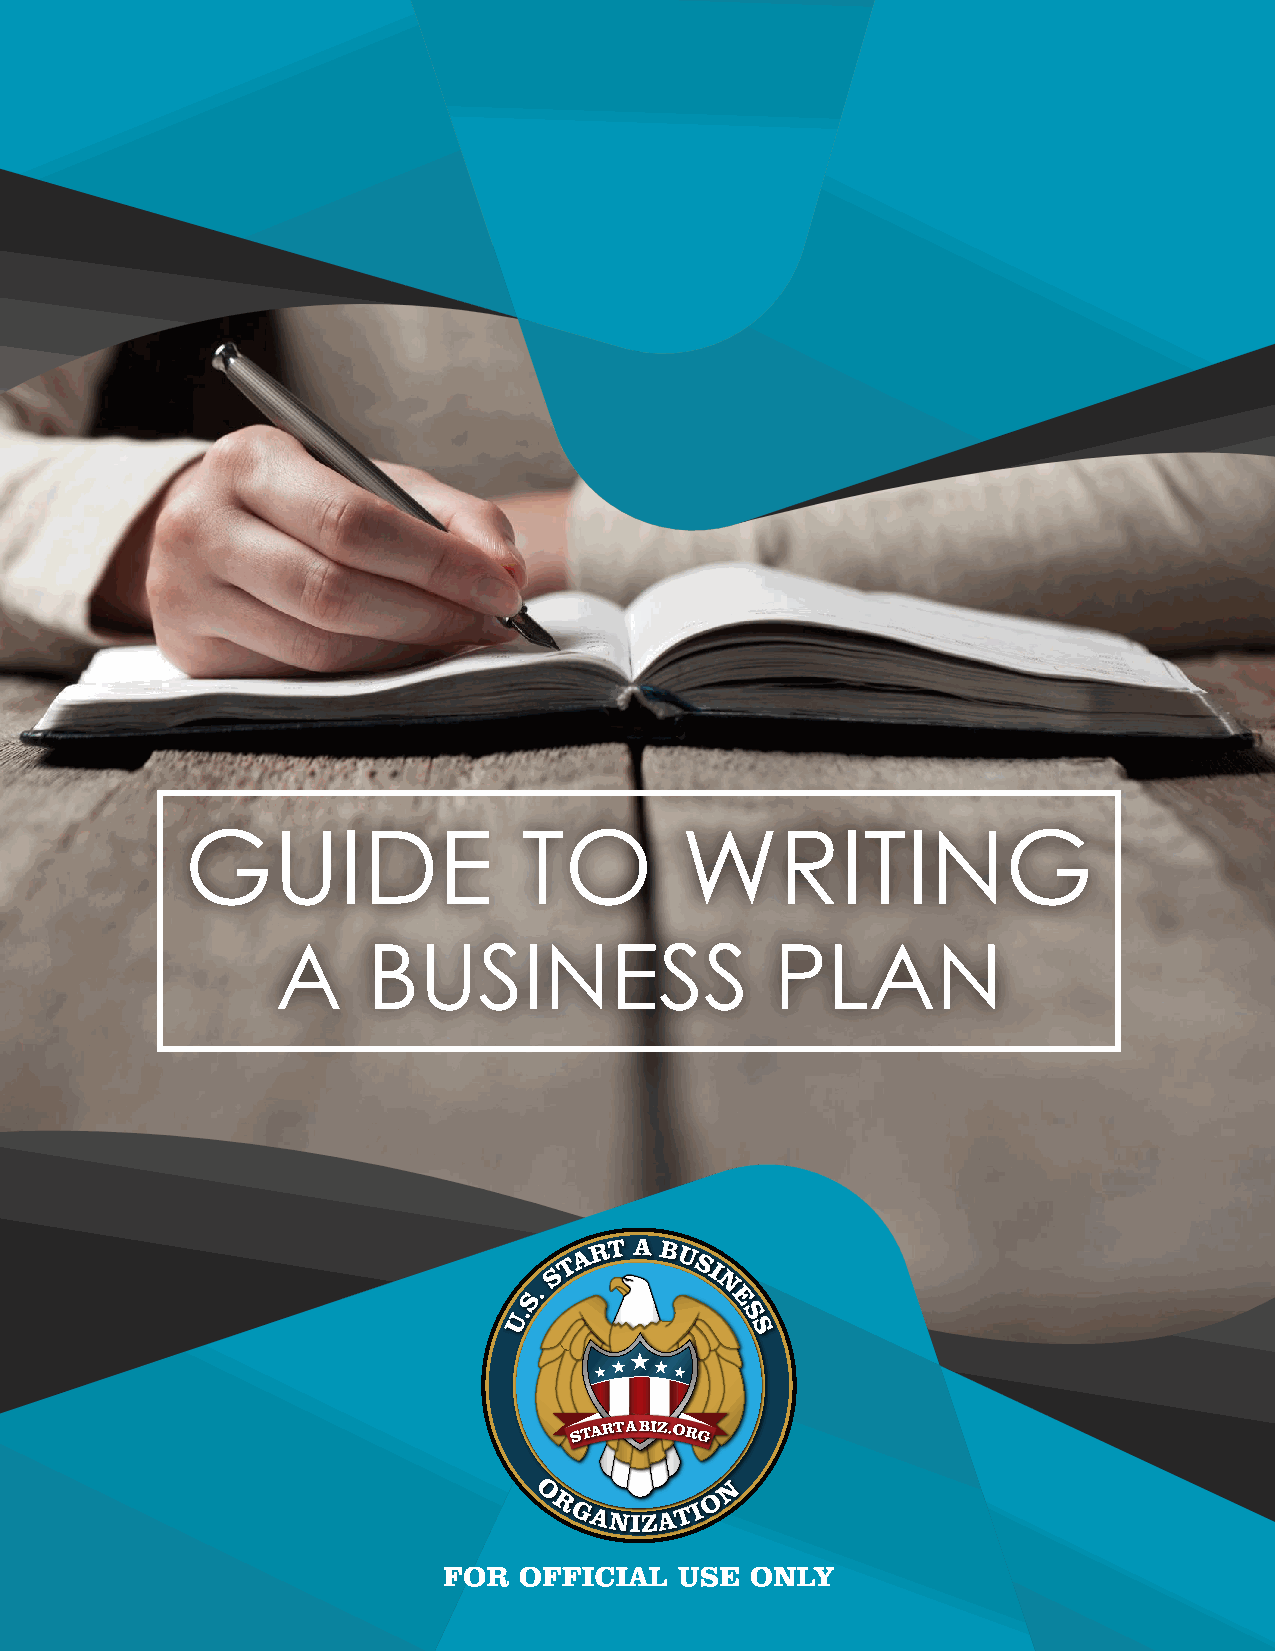
GUIDE                 TO         WRITING
 A     BUSINESS                   PLAN